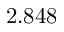
2 . 8 4 8